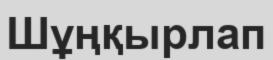
Шұңқырлап